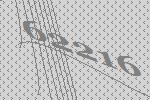
62216